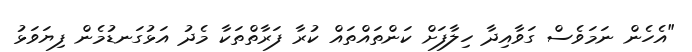
"އެހެން ނަމަވެސް ގަވާއިދާ ހިލާފަށް ކަންތައްތައް ކުރާ ފަރާތްތަކާ މެދު އަޅުގަނޑުމެން ފިޔަވަޅު